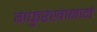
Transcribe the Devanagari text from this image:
गफुरखानाने